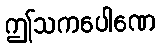
ဤသကပေါဏေ